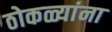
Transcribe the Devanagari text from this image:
ठोकळ्यांना